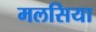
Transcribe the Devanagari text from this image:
मलसिया